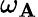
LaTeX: \omega_{\mathbf{A}}